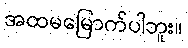
အထမမြောက်ပါဘူး။